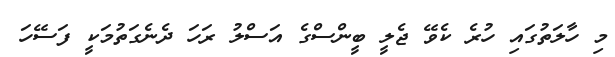
މި ހާލަތުގައި ހުރެ ކެވޭ ޖެލީ ބީންސްގެ އަސްލު ރަހަ ދެނެގަތުމަކީ ފަސޭހަ